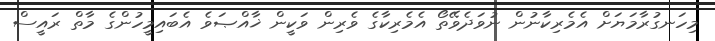
މިހަނގުރާމަޔަށް އެމެރިކާނުން ނުވަދެވޭތޯ އެމެރިކާގެ ވެރިން ވަކީން ޚާއްޞަވެ އެބައިމީހުންގެ މާތް ރައީސް